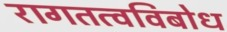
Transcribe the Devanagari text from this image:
रागतत्वविबोध